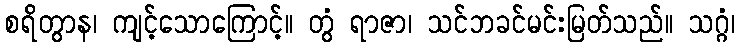
စရိတွာန၊ ကျင့်သောကြောင့်။ တွံ ရာဇာ၊ သင်ဘခင်မင်းမြတ်သည်။ သဂ္ဂံ၊